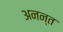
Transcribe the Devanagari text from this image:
अनन्‍त